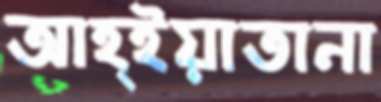
আহ্ইয়াতানা